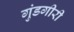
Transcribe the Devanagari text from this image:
गुंडगीरी